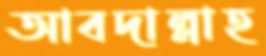
আবদাল্লাহ